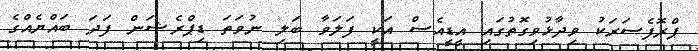
ޕްރޮފެސަރަކު ވިދާޅުވިގޮތުގައި އީޑީއެސް އަކީ ފަލަވާ ބަލި ނުވަތަ ޑިޕްރެޝަން ފަދަ ބައްޔެއްގެ